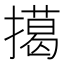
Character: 擖